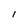
Character: l